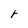
Character: r